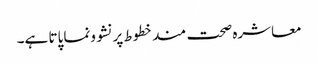
معاشرہ صحت مندخطوط پرنشوونما پاتا ہے۔